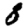
Digit: 8